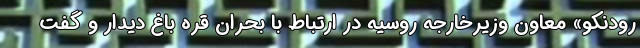
رودنکو» معاون وزیرخارجه روسیه در ارتباط با بحران قره باغ دیدار و گفت